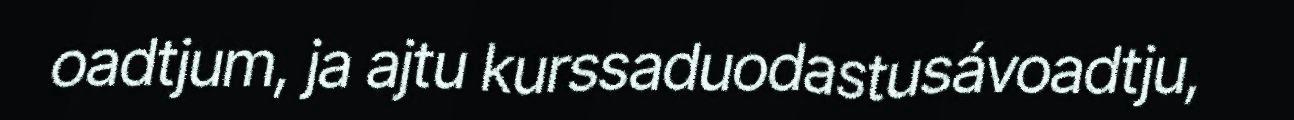
oadtjum, ja ajtu kurssaduodastusávoadtju,